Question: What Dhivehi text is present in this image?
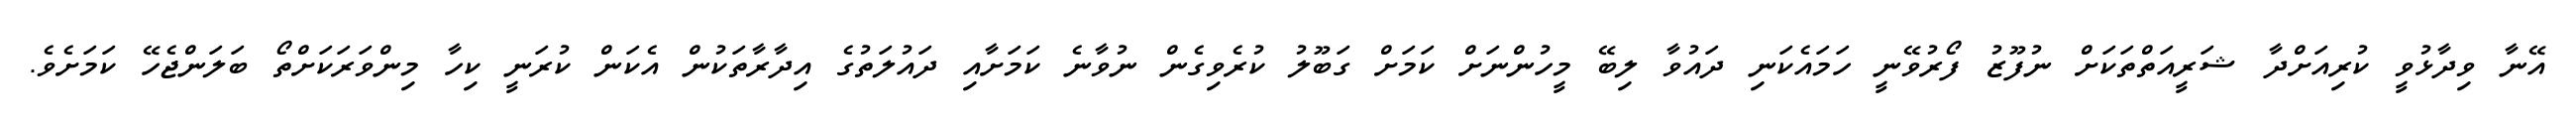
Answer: އޭނާ ވިދާޅުވީ ކުރިއަށްދާ ޝަރީއަތްތަކަށް ނުފޫޒު ފޯރުވޭނީ ހަމައެކަނި ދައުވާ ލިބޭ މީހުންނަށް ކަމަށް ގަބޫލު ކުރެވިގެން ނުވާނެ ކަމަށާއި ދައުލަތުގެ އިދާރާތަކުން އެކަން ކުރަނީ ކިހާ މިންވަރަކަށްތޯ ބަލަންޖެހޭ ކަމަށެވެ.